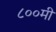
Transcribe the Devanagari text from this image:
८००मी